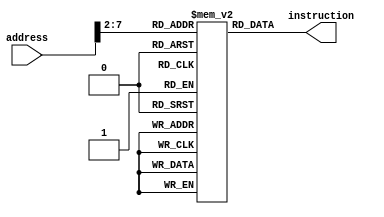
`timescale 1ns / 1ps
module InstructionMem(instruction,address);
input[31:0] address;
output reg [31:0] instruction;
reg[31:0] Imemory[63:0];

integer k;

initial begin
	for(k=0;k<64;k=k+1)begin
		Imemory[k] = 32'b0;
	end
	//You can give your own code block here.
	//$t0: 01000 8, $t1: 01001: 9, $s0: 10000 16, $s1: 10001 17, $s2 10010 18 $s3 10011 19
	//
		Imemory[0]  = 32'b10001100000010010000000000101000; //lw $10 , 40($0)	
		Imemory[1]  = 32'b10001100000010100000000000101100; //addi $t0, $zero, 32
		Imemory[2]  = 32'b10001100000010110000000000110000; //andi 
		Imemory[3]  = 32'b00000001001010100110000000100000;
		Imemory[4]  = 32'b10101100000011000000000000101000;
		Imemory[5]  = 32'b00000001011010010110100000100010;
		Imemory[6]  = 32'b10101100000011010000000000101100;
		Imemory[7]  = 32'b00000001010010010111000000100100;
		Imemory[8]  = 32'b10101100000011100000000000110000;
		Imemory[9]  = 32'b00000001001010100110000000100000;
		Imemory[10]  = 32'b10101100000011000000000000101000;
		Imemory[11]  = 32'b10001100000010110000000000101000;
		Imemory[12]  = 32'b00000001011010010110100000100010;
		Imemory[13]  = 32'b10101100000011010000000000101100;
		Imemory[14]  = 32'b10001100000010010000000000101100;
		Imemory[15]  = 32'b10001100000010100000000000101000;
		Imemory[16]  = 32'b00000001010010010111000000100100;
		Imemory[17]  = 32'b10101100000011100000000000101000;
		Imemory[18]  = 32'b00000001110000001001100000100000;
		Imemory[19]  = 32'b10001100000100110000000000101000;
		Imemory[20]  = 32'b10001100000100110000000000101000;
		Imemory[21]  = 32'b10001100000100110000000000101000;
		Imemory[22]  = 32'b00000001011010010111100000100101;
		Imemory[23]  = 32'b00000001011010011000000000101010;
		Imemory[24]  = 32'b00010010011000000000000000000001;
		Imemory[25]  = 32'b00000001111100001000000000100000;
		Imemory[26]  = 32'b10001100000100110000000000010000;
		Imemory[27]  = 32'b00001000000000000000000000011010;
		
		
		


end

always @ (address)
	begin
		instruction <= Imemory[address[13:2]];
end
endmodule